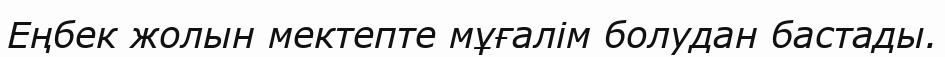
Еңбек жолын мектепте мұғалім болудан бастады.